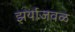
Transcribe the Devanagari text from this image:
झर्याजवळ